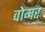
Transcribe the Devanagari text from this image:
वोमर